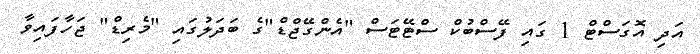
އަދި އޮގަސްޓް 1 ގައި ފޭސްބުކް ސްޓޭޓަސް "އެންގޭޖްޑް"ގެ ބަދަލުގައި "މެރިޑް" ޖަހާފައިވާ